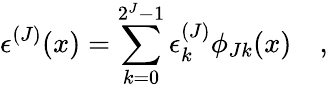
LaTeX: \epsilon^{(J)}(x)=\sum_{k=0}^{2^{J}-1}\epsilon_{k}^{(J)}\phi_{Jk}(x)\quad,